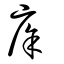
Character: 庩